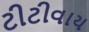
ટીટીવાય